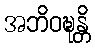
အဘိဝဍ္ဎန္တိ